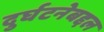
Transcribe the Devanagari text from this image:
दुर्घटनेबद्दल